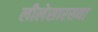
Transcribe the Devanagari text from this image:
लीलेसारख्या